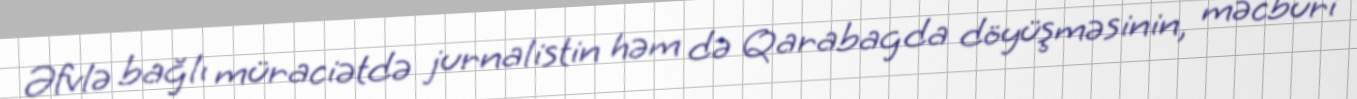
Əfvlə bağlı müraciətdə jurnalistin həm də Qarabagda döyüşməsinin, məcburi